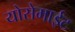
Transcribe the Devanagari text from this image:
योसेमाईट